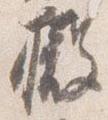
撤